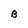
Character: B